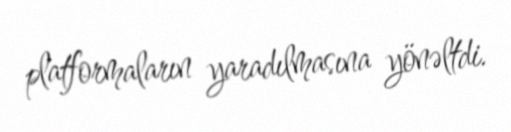
platformaların yaradılmasına yönəltdi.